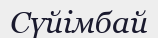
Сүйімбай